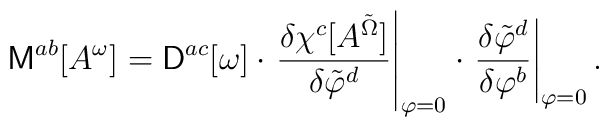
{\sf M}^{ab}[A^\omega] = {\sf D}^{ac}[\omega] \cdot\left.\frac{\delta\chi^c[A^{\tilde{\Omega}}]}{\delta \tilde{\varphi}^d}\right|_{\varphi=0}\cdot\left.\frac{\delta\tilde{\varphi}^d}{\delta\varphi^b}\right|_{\varphi=0}.